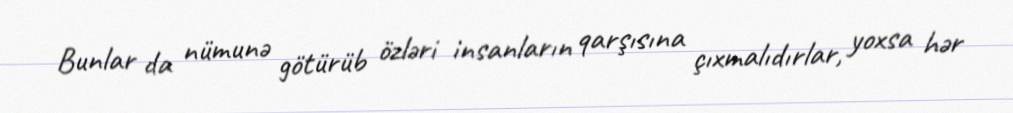
Bunlar da nümunə götürüb özləri insanların qarşısına çıxmalıdırlar, yoxsa hər